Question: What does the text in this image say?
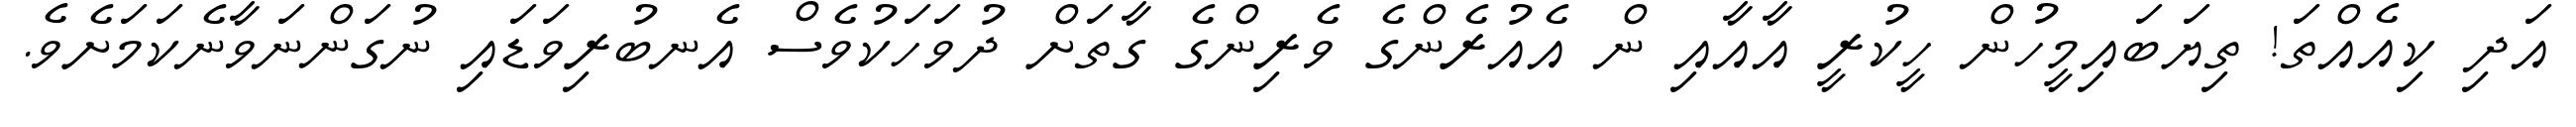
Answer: އަދި ކިއެއްތަ! ތިޔަބައިމީހުން ހީކުރީ އާއާއި ން އެއުރެންގެ ވެރިންގެ ގާތަށް ދުވަހަކުވެސް އެނބުރިވަޑައި ނުގަންނަވާނެކަމަށެވެ.